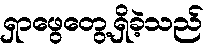
ရှာဖွေတွေ့ရှိခဲ့သည်